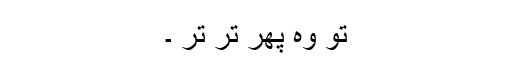
تو وہ پھر تر تر ۔